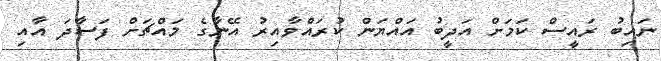
ނައިބު ރައީސް ކަމަށް އަދީބު އައްޔަން ކުރައްވާއިރު އޭނާގެ މައްޗަށް ފަސާދަ އާއި